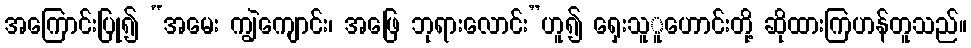
အကြောင်းပြု၍ “အမေး ကျွဲကျောင်း၊ အဖြေ ဘုရားလောင်း”ဟူ၍ ရှေးသူူဟောင်းတို့ ဆိုထားကြဟန်တူသည်။